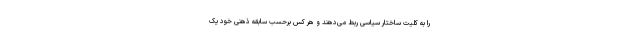
را به کلیت ساختار سیاسی ربط می‌دهند و هر کس برحسب سابقه ذهنی خود یک